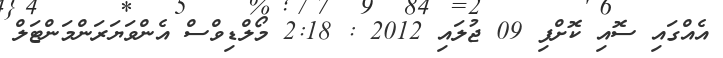
އެއްގައި ސޮއި ކޮށްފި 09 ޖުލައި 2012 : 2:18 މޯލްޑިވްސް އެންވަޔަރަންމަންޓަލް